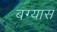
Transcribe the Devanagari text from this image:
बग्यास